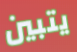
يتبين